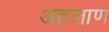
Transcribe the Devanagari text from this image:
अहलाण